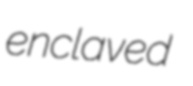
enclaved